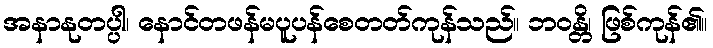
အနာနုတပ္ပါ၊ နောင်တဖန်မပူပန်စေတတ်ကုန်သည်။ ဘဝန္တိ၊ ဖြစ်ကုန်၏။